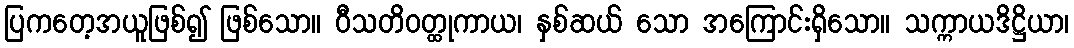
ပြကတေ့အယူဖြစ်၍ ဖြစ်သော။ ဝီသတိဝတ္ထုကာယ၊ နှစ်ဆယ် သော အကြောင်းရှိသော။ သက္ကာယဒိဋ္ဌိယာ၊